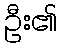
ဦး၏